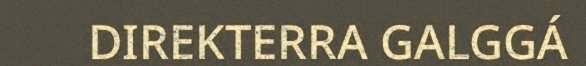
DIREKTERRA GALGGÁ